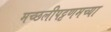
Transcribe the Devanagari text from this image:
मच्छलीपट्टणमच्या